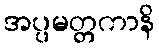
အပ္ပမတ္တကာနိ